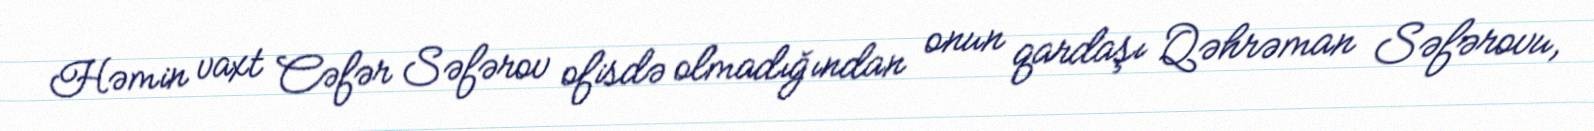
Həmin vaxt Cəfər Səfərov ofisdə olmadığından onun qardaşı Qəhrəman Səfərovu,